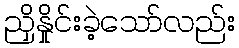
ညှိနှိုင်းခဲ့သော်လည်း